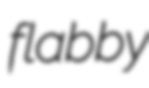
flabby